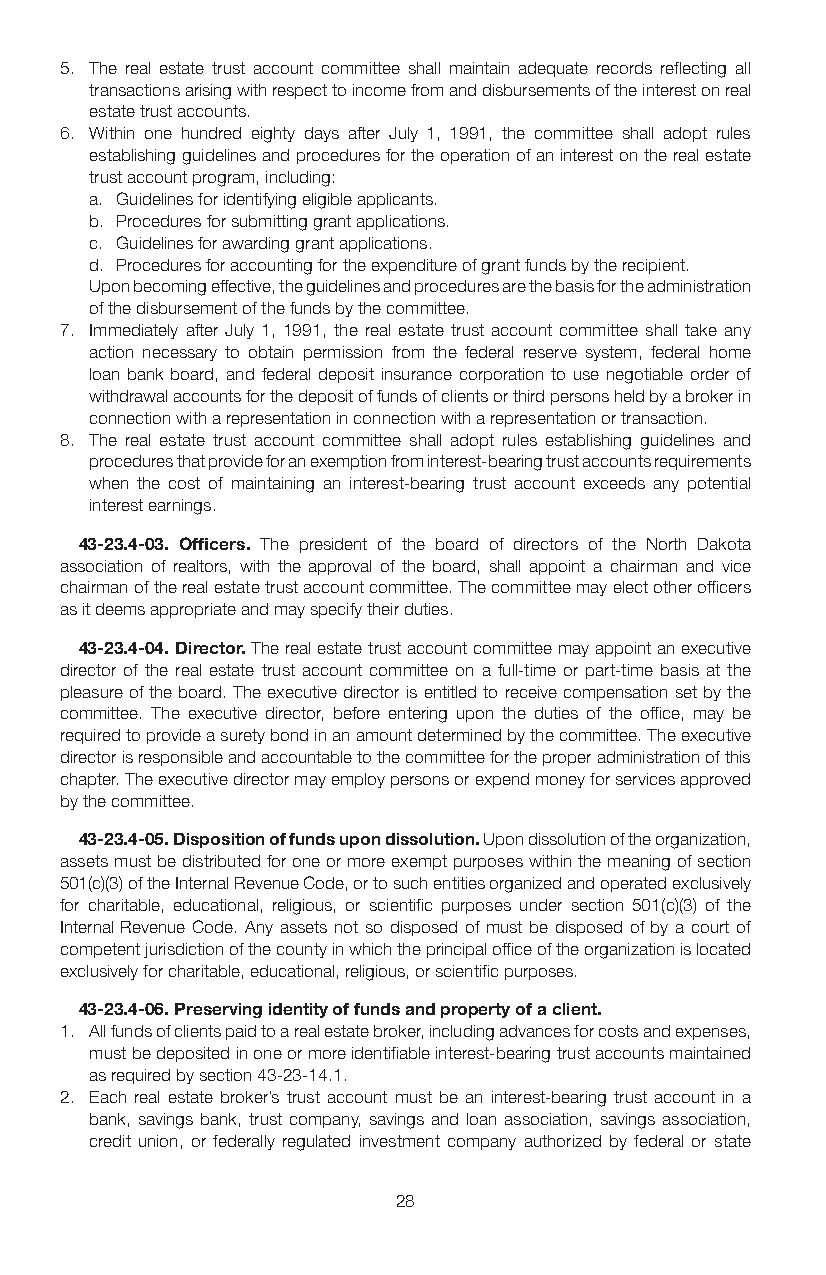
5. The real estate trust account committee shall maintain adequate records reflecting all
 transactions arising with respect to income from and disbursements of the interest on real
 estate trust accounts.
 6. Within one hundred eighty days after July 1, 1991, the committee shall adopt rules
 establishing guidelines and procedures for the operation of an interest on the real estate
 trust account program, including:
 a. Guidelines for identifying eligible applicants.
 b. Procedures for submitting grant applications.
 c. Guidelines for awarding grant applications.
 d. Procedures for accounting for the expenditure of grant funds by the recipient.
 Upon becoming effective, the guidelines and procedures are the basis for the administration
 of the disbursement of the funds by the committee.
 7. Immediately after July 1, 1991, the real estate trust account committee shall take any
 action necessary to obtain permission from the federal reserve system, federal home
 loan bank board, and federal deposit insurance corporation to use negotiable order of
 withdrawal accounts for the deposit of funds of clients or third persons held by a broker in
 connection with a representation in connection with a representation or transaction.
 8. The real estate trust account committee shall adopt rules establishing guidelines and
 procedures that provide for an exemption from interest-bearing trust accounts requirements
 when the cost of maintaining an interest-bearing trust account exceeds any potential
 interest earnings.
 43-23.4-03. Officers. The president of the board of directors of the North Dakota
 association of realtors, with the approval of the board, shall appoint a chairman and vice
 chairman of the real estate trust account committee. The committee may elect other officers
 as it deems appropriate and may specify their duties.
 43-23.4-04. Director. The real estate trust account committee may appoint an executive
 director of the real estate trust account committee on a full-time or part-time basis at the
 pleasure of the board. The executive director is entitled to receive compensation set by the
 committee. The executive director, before entering upon the duties of the office, may be
 required to provide a surety bond in an amount determined by the committee. The executive
 director is responsible and accountable to the committee for the proper administration of this
 chapter. The executive director may employ persons or expend money for services approved
 by the committee.
 43-23.4-05. Disposition of funds upon dissolution. Upon dissolution of the organization,
 assets must be distributed for one or more exempt purposes within the meaning of section
 501(c)(3) of the Internal Revenue Code, or to such entities organized and operated exclusively
 for charitable, educational, religious, or scientific purposes under section 501(c)(3) of the
 Internal Revenue Code. Any assets not so disposed of must be disposed of by a court of
 competent jurisdiction of the county in which the principal office of the organization is located
 exclusively for charitable, educational, religious, or scientific purposes.
 43-23.4-06. Preserving identity of funds and property of a client.
 1. All funds of clients paid to a real estate broker, including advances for costs and expenses,
 must be deposited in one or more identifiable interest-bearing trust accounts maintained
 as required by section 43-23-14.1.
 2. Each real estate broker’s trust account must be an interest-bearing trust account in a
 bank, savings bank, trust company, savings and loan association, savings association,
 credit union, or federally regulated investment company authorized by federal or state
 28